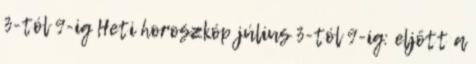
3-tól 9-ig Heti horoszkóp július 3-tól 9-ig: eljött a